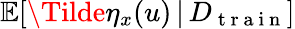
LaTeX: \mathbb{E}[\Tilde{\eta}_{x}(u)\, \vert\, D_{\mathrm{~t~r~a~i~n~}}]